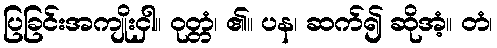
ပြခြင်းအကျိုးငှါ။ ဝုတ္တံ၊ ၏။ ပန၊ ဆက်၍ ဆိုအံ့။ တံ၊